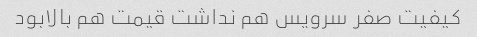
کیفیت صفر سرویس هم نداشت قیمت هم بالابود